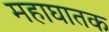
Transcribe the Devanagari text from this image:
महाघातक